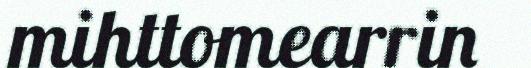
mihttomearrin